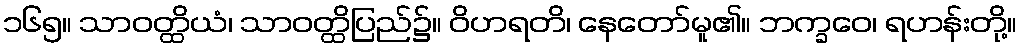
၁၆၅။ သာဝတ္ထိယံ၊ သာဝတ္ထိပြည်၌။ ဝိဟရတိ၊ နေတော်မူ၏။ ဘက္ခဝေ၊ ရဟန်းတို့။